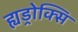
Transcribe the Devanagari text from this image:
ह्यड्रोक्सि